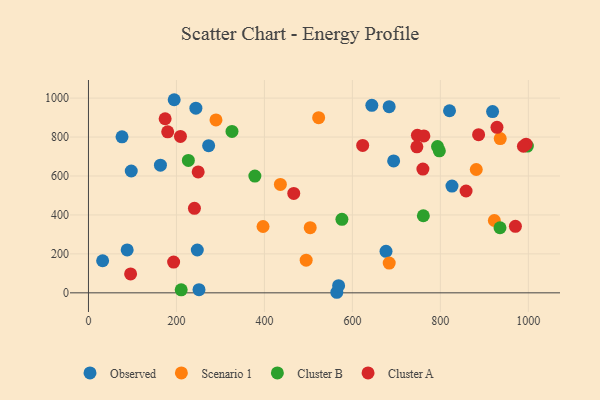
{"axis": {"x": "Study Hours", "y": "Demand"}, "legend": ["Cluster A", "Cluster B", "Observed", "Scenario 1"], "data": [{"x": "683.6", "y": 956.1, "type": "Observed"}, {"x": "251.3", "y": 16.1, "type": "Observed"}, {"x": "826.4", "y": 548.2, "type": "Observed"}, {"x": "163.6", "y": 655.7, "type": "Observed"}, {"x": "194.9", "y": 991.6, "type": "Observed"}, {"x": "247.4", "y": 220.1, "type": "Observed"}, {"x": "88.0", "y": 220.3, "type": "Observed"}, {"x": "564.6", "y": 2.9, "type": "Observed"}, {"x": "918.7", "y": 931.0, "type": "Observed"}, {"x": "820.8", "y": 935.1, "type": "Observed"}, {"x": "244.2", "y": 948.2, "type": "Observed"}, {"x": "676.4", "y": 213.0, "type": "Observed"}, {"x": "273.2", "y": 755.7, "type": "Observed"}, {"x": "76.3", "y": 801.1, "type": "Observed"}, {"x": "693.8", "y": 677.6, "type": "Observed"}, {"x": "32.2", "y": 164.9, "type": "Observed"}, {"x": "568.7", "y": 37.0, "type": "Observed"}, {"x": "644.2", "y": 963.0, "type": "Observed"}, {"x": "97.3", "y": 625.6, "type": "Observed"}, {"x": "436.3", "y": 556.5, "type": "Scenario 1"}, {"x": "494.9", "y": 167.9, "type": "Scenario 1"}, {"x": "523.3", "y": 899.6, "type": "Scenario 1"}, {"x": "936.1", "y": 792.2, "type": "Scenario 1"}, {"x": "881.6", "y": 633.2, "type": "Scenario 1"}, {"x": "922.7", "y": 371.5, "type": "Scenario 1"}, {"x": "289.9", "y": 888.1, "type": "Scenario 1"}, {"x": "396.9", "y": 340.7, "type": "Scenario 1"}, {"x": "504.1", "y": 334.5, "type": "Scenario 1"}, {"x": "683.7", "y": 152.9, "type": "Scenario 1"}, {"x": "326.3", "y": 828.6, "type": "Cluster B"}, {"x": "935.6", "y": 334.2, "type": "Cluster B"}, {"x": "378.3", "y": 599.4, "type": "Cluster B"}, {"x": "793.5", "y": 751.5, "type": "Cluster B"}, {"x": "797.7", "y": 729.4, "type": "Cluster B"}, {"x": "227.1", "y": 680.1, "type": "Cluster B"}, {"x": "576.2", "y": 377.6, "type": "Cluster B"}, {"x": "997.8", "y": 753.7, "type": "Cluster B"}, {"x": "210.8", "y": 15.4, "type": "Cluster B"}, {"x": "761.3", "y": 395.8, "type": "Cluster B"}, {"x": "928.7", "y": 850.1, "type": "Cluster A"}, {"x": "193.6", "y": 158.0, "type": "Cluster A"}, {"x": "858.4", "y": 522.9, "type": "Cluster A"}, {"x": "994.9", "y": 763.2, "type": "Cluster A"}, {"x": "180.1", "y": 827.0, "type": "Cluster A"}, {"x": "466.7", "y": 510.6, "type": "Cluster A"}, {"x": "760.3", "y": 635.7, "type": "Cluster A"}, {"x": "209.1", "y": 803.2, "type": "Cluster A"}, {"x": "747.8", "y": 808.7, "type": "Cluster A"}, {"x": "746.6", "y": 749.8, "type": "Cluster A"}, {"x": "240.9", "y": 433.8, "type": "Cluster A"}, {"x": "174.3", "y": 893.9, "type": "Cluster A"}, {"x": "249.4", "y": 620.8, "type": "Cluster A"}, {"x": "988.8", "y": 752.8, "type": "Cluster A"}, {"x": "886.9", "y": 812.0, "type": "Cluster A"}, {"x": "970.6", "y": 341.3, "type": "Cluster A"}, {"x": "95.8", "y": 97.0, "type": "Cluster A"}, {"x": "762.5", "y": 805.8, "type": "Cluster A"}, {"x": "623.4", "y": 756.9, "type": "Cluster A"}]}